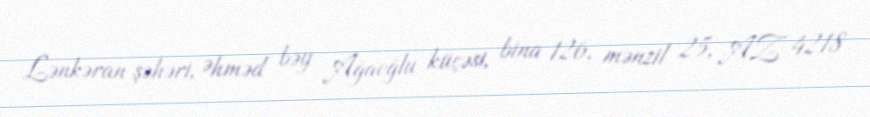
Lənkəran şəhəri, Əhməd bəy Ağaoğlu küçəsi, bina 126, mənzil 25, AZ 4218